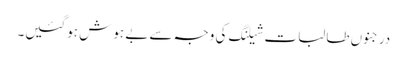
درجنوں طالبات شیلنگ کی وجہ سے بے ہوش ہوگئیں۔